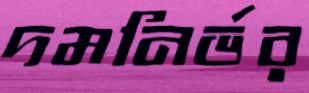
দমনির্ভর